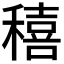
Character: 𥢗